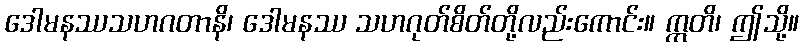
ဒေါမနဿသဟဂတာနိ၊ ဒေါမနဿ သဟဂုတ်စိတ်တို့လည်းကောင်း။ ဣတိ၊ ဤသို့။